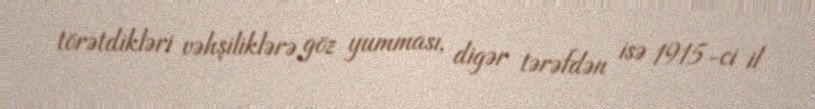
törətdikləri vəhşiliklərə göz yumması, digər tərəfdən isə 1915-ci il